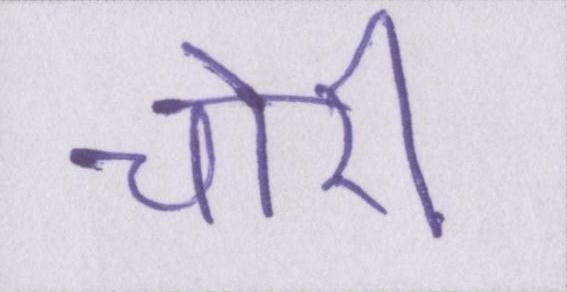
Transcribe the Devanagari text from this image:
चोरी